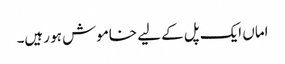
اماں ایک پل کے لیے خاموش ہو رہیں۔